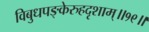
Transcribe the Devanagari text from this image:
विबुधपङ्केरुहदृशाम्॥१९॥